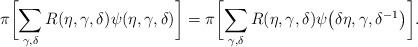
LaTeX: \begin{align*} \pi \biggl[ \sum_{\gamma, \delta} R(\eta, \gamma,\delta)\psi (\eta, \gamma , \delta) \biggr] = \pi \biggl[ \sum_{\gamma, \delta} R(\eta, \gamma , \delta )\psi\bigl(\delta\eta, \gamma,\delta^{-1}\bigr) \biggr].\end{align*}